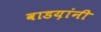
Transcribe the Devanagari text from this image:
वाडय़ांनी